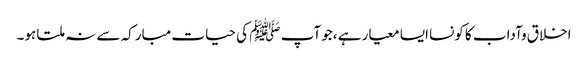
اخلاق وآداب کا کونسا ایسا معیار ہے ،جو آپ ﷺ کی حیات مبارکہ سے نہ ملتا ہو۔